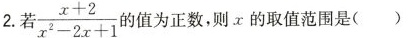
2.若$$\frac { x + 2 } { x ^ { 2 } - 2 x + 1 }$$值为正数，则x的取值范围是( )